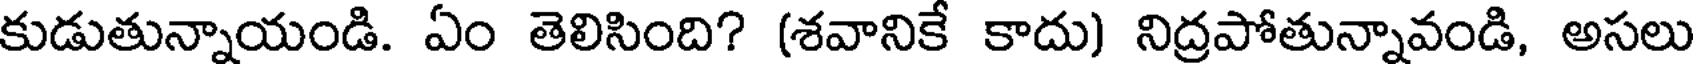
కుడుతున్నాయండి. ఏం తెలిసింది? (శవానికే కాదు) నిద్రపోతున్నావండి, అసలు